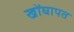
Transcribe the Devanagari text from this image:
खोंघापत